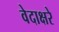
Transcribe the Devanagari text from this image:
वेदाक्षरे